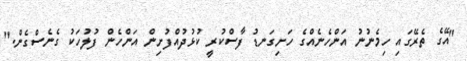
"އޭގެ ތެރޭގައި ހިމެނުނު އަންހެނެއްގެ ހަށިގަނޑު ފާސްކުރީ ކުޅުދުއްފުށިން އަންހެން ފުލުހަކު ގެނެސްގެން."